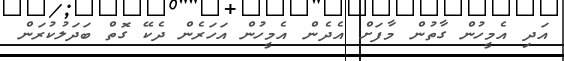
އަދި އެމީހުން ގާތުން މާފަށް އެދެން އެމީހުން އަހަރެން ދެކޭ ގޮތް ބަދަލުކުރަން